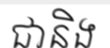
ជានិង